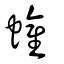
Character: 蠸